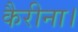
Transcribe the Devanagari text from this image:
कैरीना।